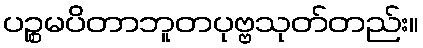
ပဉ္စမပိတာဘူတပုဗ္ဗသုတ်တည်း။